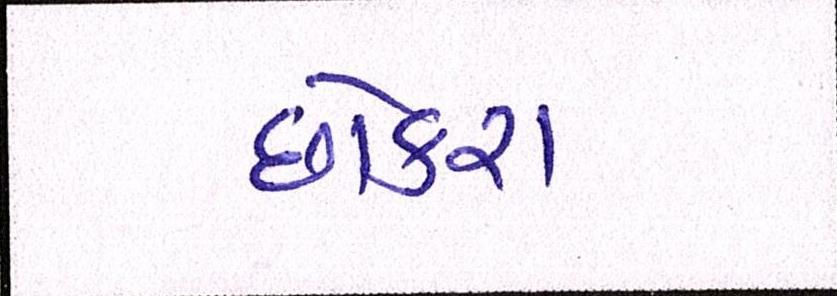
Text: છોકરા